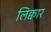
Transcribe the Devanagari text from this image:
लिक्वार